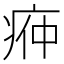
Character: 𭼌